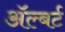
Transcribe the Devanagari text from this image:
ॲल्बर्ट